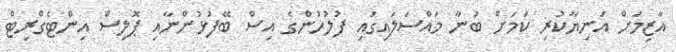
އާޒިމަށް އަނިޔާކުރި ކަމަށް ބުނާ މައްސަލައިގައި ފުލުހުންގެ އިސް ބޭފުޅުންނާއި ޕޮލިސް އިންޓެގްރިޓް